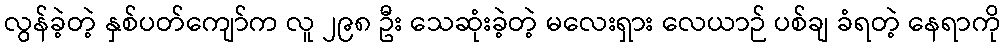
လွန်ခဲ့တဲ့ နှစ်ပတ်ကျော်က လူ ၂၉၈ ဦး သေဆုံးခဲ့တဲ့ မလေးရှား လေယာဉ် ပစ်ချ ခံရတဲ့ နေရာကို